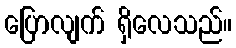
ပြောလျက် ရှိလေသည်။